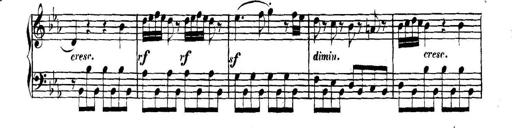
Title: Collected Piano Sonatas
Composer: Muzio Clementi